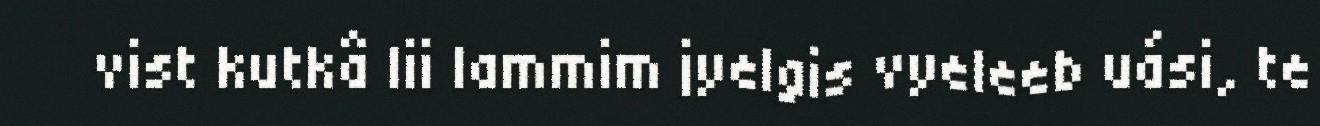
vist kutkâ lii lammim jyelgis vyeleeb uási, te